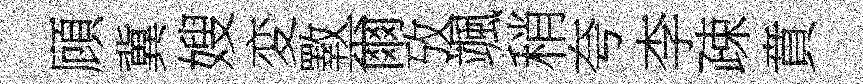
頋冀嫂変斁爾攷颯稍夸李疎賁